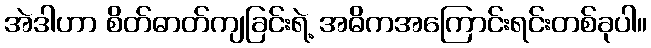
အဲဒါဟာ စိတ်ဓာတ်ကျခြင်းရဲ့ အဓိကအကြောင်းရင်းတစ်ခုပါ။